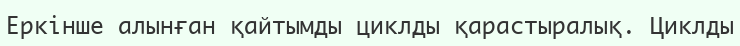
Еркінше алынған қайтымды циклды қарастыралық. Циклды